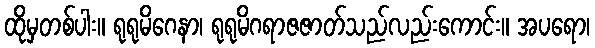
ထိုမှတစ်ပါး။ ရုရုမိဂေနာ၊ ရုရုမိဂရာဇဇာတ်သည်လည်းကောင်း။ အပရော၊